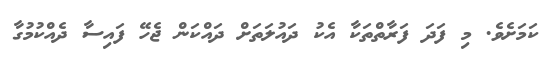
ކަމަށެވެ. މި ފަދަ ފަރާތްތަކާ އެކު ދައުލަތަށް ދައްކަން ޖެހޭ ފައިސާ ދެއްކުމުގާ